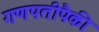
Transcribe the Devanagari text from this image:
गणपतीपैकी